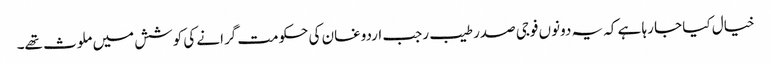
خیال کیا جا رہا ہے کہ یہ دونوں فوجی صدر طیب رجب اردوغان کی حکومت گرانے کی کوشش میں ملوث تھے۔